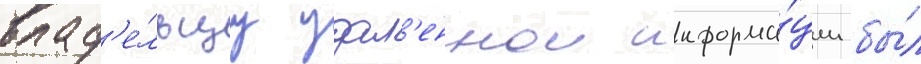
влад'е́льцу удал'еннои информа́ции бы́л